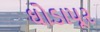
ઘોડાપૂર